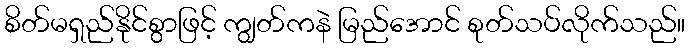
စိတ်မရှည်နိုင်စွာဖြင့် ကျွတ်ကနဲ မြည်အောင် စုတ်သပ်လိုက်သည်။